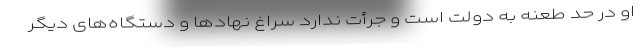
او در حد طعنه به دولت است و جرأت ندارد سراغ نهادها و دستگاه‌های دیگر